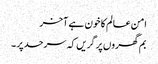
امن عالم کا خون ہے آخر
بم گھروں پر گریں کہ سرحد پر ۔